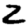
Digit: 2